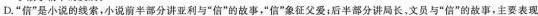
D.“信”是小说的线索，小说前半部分讲亚利与“信”的故事，“信”象征父爱；后半部分讲局长、文员与“信”的故事，主要表现